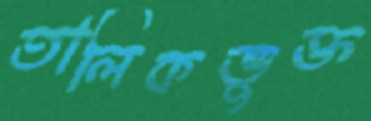
তালিকভুক্ত